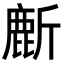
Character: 𬸻